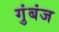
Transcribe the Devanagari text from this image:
गुंबंज